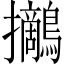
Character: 𪇪